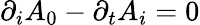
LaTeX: \partial_{i}A_{0}-\partial_{t}A_{i}=0